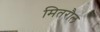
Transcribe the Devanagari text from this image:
मितरौल